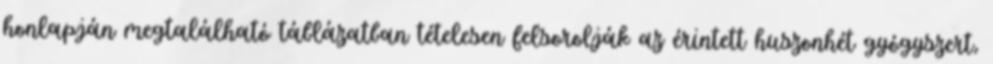
honlapján megtalálható táblázatban tételesen felsorolják az érintett huszonhét gyógyszert,